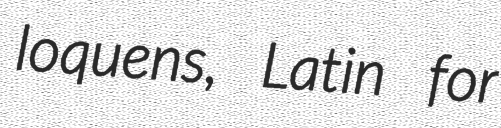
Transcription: loquens, Latin for